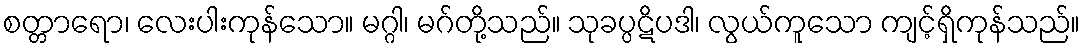
စတ္တာရော၊ လေးပါးကုန်သော။ မဂ္ဂါ၊ မဂ်တို့သည်။ သုခပ္ပဋိပဒါ၊ လွယ်ကူသော ကျင့်ရှိကုန်သည်။